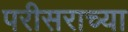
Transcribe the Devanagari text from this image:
परीसराच्या